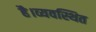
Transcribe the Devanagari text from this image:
है।व्यवस्थित